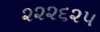
૨૨૨૬૨૫